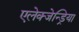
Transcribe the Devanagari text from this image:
एलेक्जेन्ड्रिया